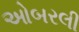
ઓબરલી